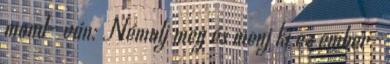
mond− ván: Némulj meg és menj ki ez ember−